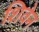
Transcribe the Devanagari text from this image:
शिवेन